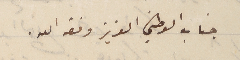
جناب الوطني العزيز وفقه الله.